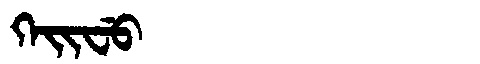
Manchu: ᡴᡝᡳᠸᡠ
Romanization: KEIFU